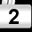
Digit: 2